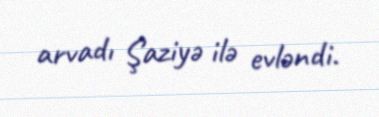
arvadı Şaziyə ilə evləndi.